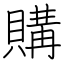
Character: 購